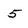
Character: 5